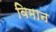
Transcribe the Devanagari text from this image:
विमान